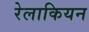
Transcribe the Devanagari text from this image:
रेलाकियन